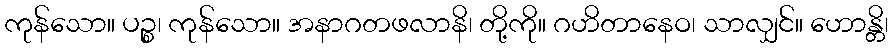
ကုန်သော။ ပဉ္စ၊ ကုန်သော။ အနာဂတဖလာနိ၊ တို့ကို။ ဂဟိတာနေဝ၊ သာလျှင်။ ဟောန္တိ၊